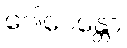
ဂေါပေန္တော